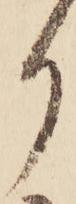
り